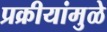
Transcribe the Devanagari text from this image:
प्रक्रीयांमुळे